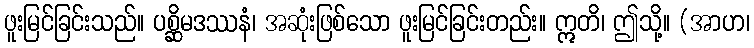
ဖူးမြင်ခြင်းသည်။ ပစ္ဆိမဒဿနံ၊ အဆုံးဖြစ်သော ဖူးမြင်ခြင်းတည်း။ ဣတိ၊ ဤသို့။ (အာဟ၊